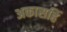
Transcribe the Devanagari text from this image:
अकासहिं